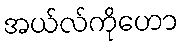
အယ်လ်ကိုဟော